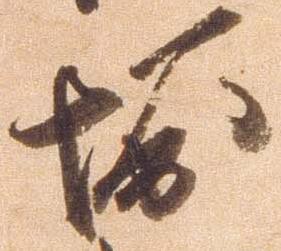
堀